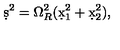
\d s ^ { 2 } = \Omega _ { R } ^ { 2 } ( \d x _ { 1 } ^ { 2 } + \d x _ { 2 } ^ { 2 } ) ,